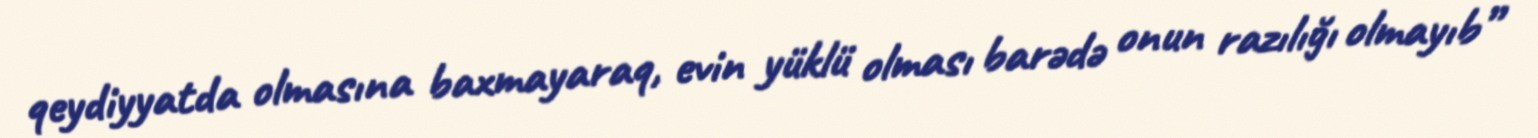
qeydiyyatda olmasına baxmayaraq, evin yüklü olması barədə onun razılığı olmayıb”